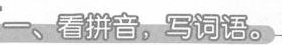
看拼音，写词语。